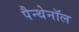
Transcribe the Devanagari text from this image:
पैन्थेनॉल